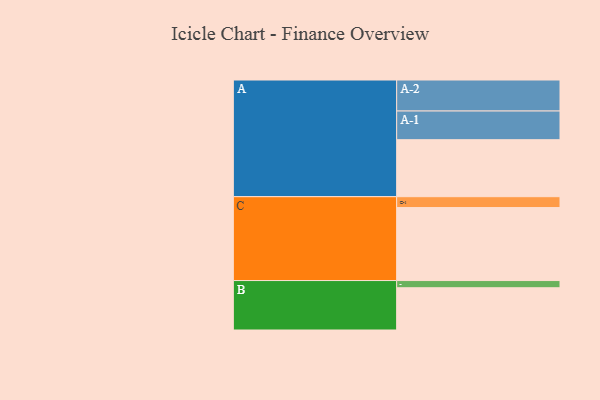
{"axis": {"x": "Segment", "y": "Value"}, "legend": ["", "A", "B", "C"], "data": [{"x": "A", "y": 467, "type": ""}, {"x": "B", "y": 346, "type": ""}, {"x": "C", "y": 598, "type": ""}, {"x": "A-1", "y": 235, "type": "A"}, {"x": "A-2", "y": 254, "type": "A"}, {"x": "B-1", "y": 59, "type": "B"}, {"x": "C-1", "y": 89, "type": "C"}]}